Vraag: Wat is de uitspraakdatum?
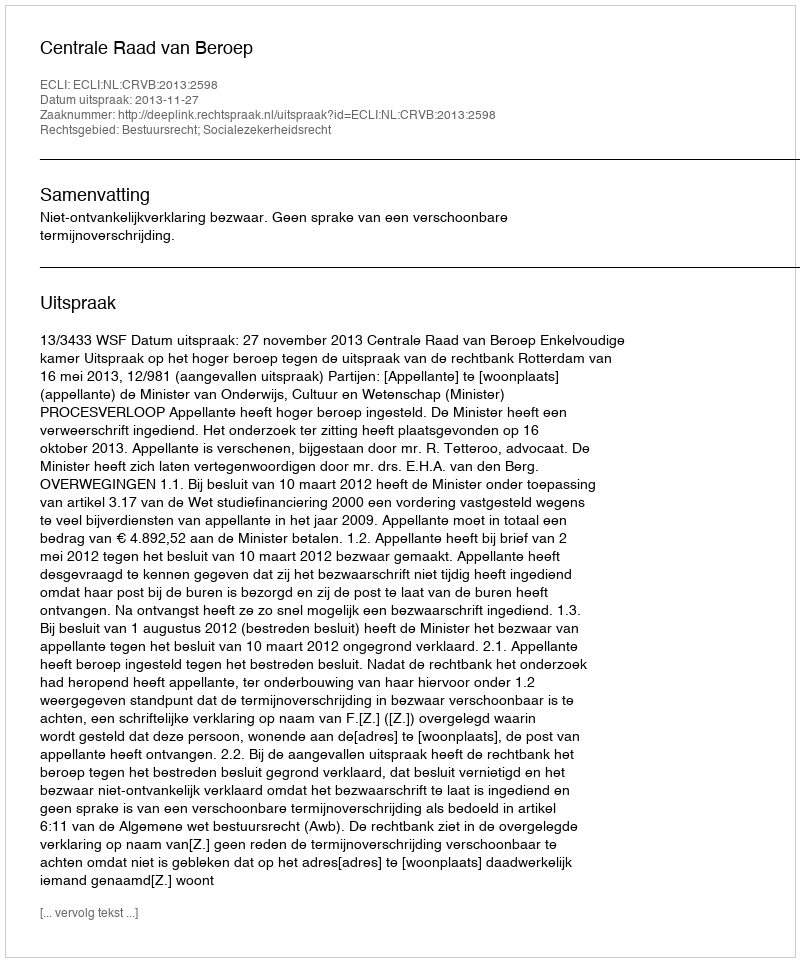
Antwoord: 2013-11-27